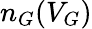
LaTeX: n_{G}(V_{G})